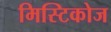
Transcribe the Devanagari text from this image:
मिस्टिकोज